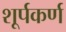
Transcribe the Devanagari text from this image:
शूर्पकर्ण